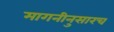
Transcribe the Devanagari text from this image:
मागनीनुसारच